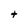
Character: t